Lunatic asylums Central Provinces reports 1886-1894 - 1886-1894
Year: 1886
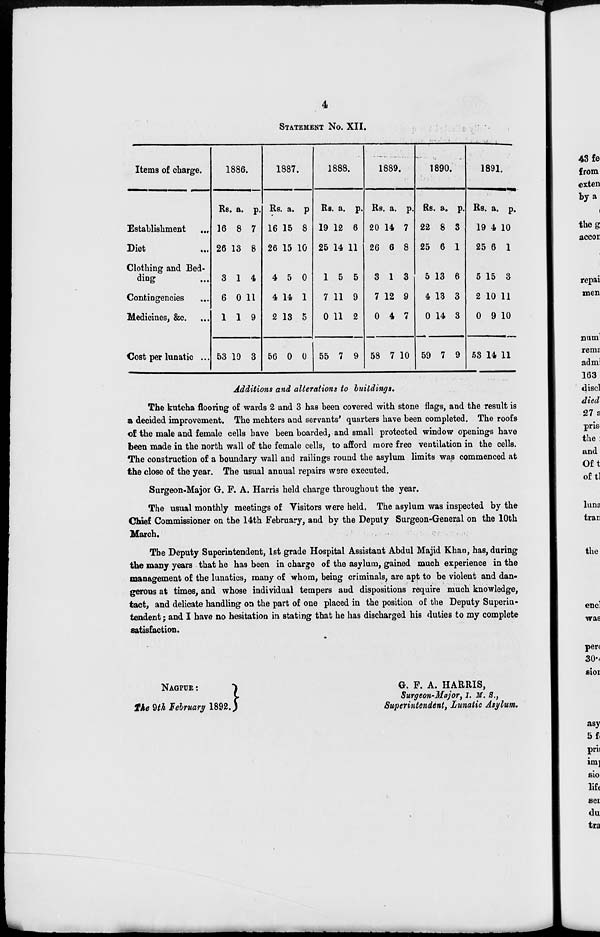
4
STATEMENT No. XII.
Items of charge.
Establishment ...
Diet ...
Clothing and Bed-
ding ...
Contingencies ...
Medicines, &c. ...
Cost per lunatic ...
1886.
Rs.
16
26
3
6
1
53
a.
8
13
1
0
1
10
p.
7
8
4
11
9
3
1887.
Rs.
16
26
4
4
2
56
a.
15
15
5
14
13
0
p.
8
16
0
1
5
0
1888.
Rs.
19
25
1
7
0
55
a.
12
14
5
11
11
7
p.
6
11
5
9
2
9
1889.
Rs.
20
26
3
7
0
58
a.
14
6
1
12
4
7
p.
7
8
3
9
7
10
1890.
Rs.
22
25
5
4
0
59
a.
8
6
13
13
14
7
p.
3
1
6
3
3
9
1891.
Rs.
19
25
5
2
0
53
a.
4
6
15
10
9
14
p.
10
1
3
11
10
11
Additions and alterations to buildings.
The kutcha flooring of wards 2 and 3 has been covered with stone flags, and the result is
a decided improvement. The mehters and servants' quarters have been completed. The roofs
of the male and female cells have been boarded, and small protected window openings have
been made in the north wall of the female cells, to afford more free ventilation in the cells.
The construction of a boundary wall and railings round the asylum limits was commenced at
the close of the year. The usual annual repairs were executed.
Surgeon-Major G. F. A. Harris held charge throughout the year.
The usual monthly meetings of Visitors were held. The asylum was inspected by the
Chief Commissioner on the 14th February, and by the Deputy Surgeon-General on the 10th
March.
The Deputy Superintendent, 1st grade Hospital Assistant Abdul Majid Khan, has, during
the many years that he has been in charge of the asylum, gained much experience in the
management of the lunatics, many of whom, being criminals, are apt to be violent and dan-
gerous at times, and whose individual tempers and dispositions require much knowledge,
tact, and delicate handling on the part of one placed in the position of the Deputy Superin-
tendent ; and I have no hesitation in stating that he has discharged his duties to my complete
satisfaction.
NAGPUR :
The 9th February 1892.
G. F. A. HARRIS,
Surgeon-Major, I. M. S.,
Superintendent, Lunatic Asylum.